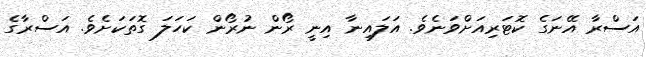
އަސްރާ އޭނަގެ ކޮޓަރިއަށްވަނެވެ. އަލައިނާ އިނީ ރޯން ނުރޯން ކަހަލަ ގޮތަކަށެވެ. އަސްރާގެ